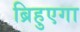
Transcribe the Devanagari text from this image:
ब्रिहुएगा